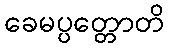
ခေမပ္ပတ္တောတိ